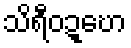
သိရီဝဍ္ဎော